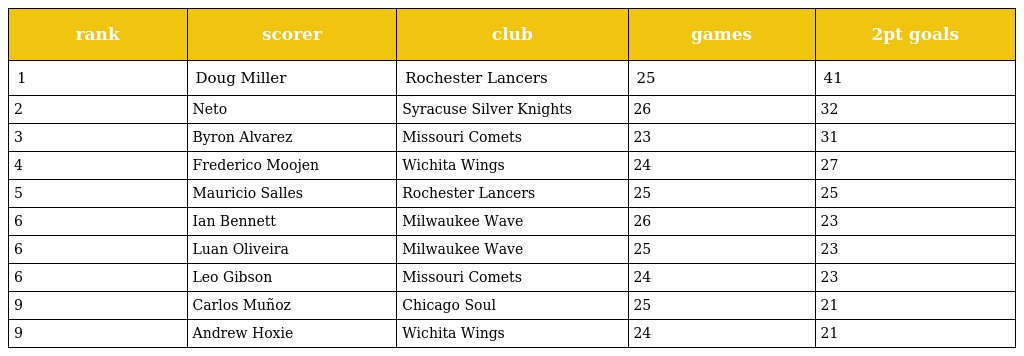
| rank | scorer | club | games | 2pt goals |
 | --- | --- | --- | --- | --- |
 | 1 | Doug Miller | Rochester Lancers | 25 | 41 |
 | 2 | Neto | Syracuse Silver Knights | 26 | 32 |
 | 3 | Byron Alvarez | Missouri Comets | 23 | 31 |
 | 4 | Frederico Moojen | Wichita Wings | 24 | 27 |
 | 5 | Mauricio Salles | Rochester Lancers | 25 | 25 |
 | 6 | Ian Bennett | Milwaukee Wave | 26 | 23 |
 | 6 | Luan Oliveira | Milwaukee Wave | 25 | 23 |
 | 6 | Leo Gibson | Missouri Comets | 24 | 23 |
 | 9 | Carlos Muñoz | Chicago Soul | 25 | 21 |
 | 9 | Andrew Hoxie | Wichita Wings | 24 | 21 |